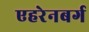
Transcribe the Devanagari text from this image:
एहरेनबर्ग